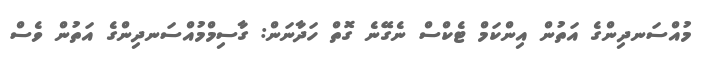
މުއްސަނދިންގެ އަތުން އިންކަމް ޓެކްސް ނެގޭނެ ގޮތް ހަދާނަން: ގާސިމްމުއްސަނދިންގެ އަތުން ވެސް